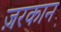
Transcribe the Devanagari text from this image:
ज़रकान